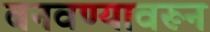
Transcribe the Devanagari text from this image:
बनवण्यावरून